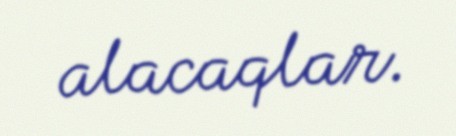
alacaqlar.